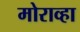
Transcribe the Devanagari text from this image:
मोराव्हा